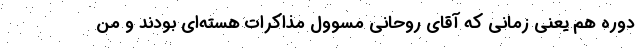
دوره هم يعني زماني كه آقاي روحاني مسوول مذاكرات هسته‌اي بودند و من